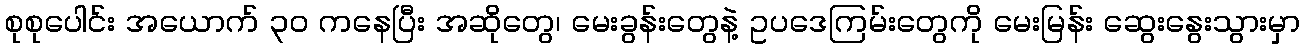
စုစုပေါင်း အယောက် ၃၀ ကနေပြီး အဆိုတွေ၊ မေးခွန်းတွေနဲ့ ဥပဒေကြမ်းတွေကို မေးမြန်း ဆွေးနွေးသွားမှာ